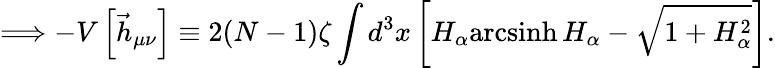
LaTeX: \Longrightarrow-V\left[\vec{h}_{\mu\nu}\right]\equiv 2(N-1)\zeta\int d^{3}x\left[H_{\alpha}\mathrm{arcsinh}{\, }H_{\alpha}-\sqrt{1+H_{\alpha}^{2}}\right].